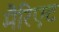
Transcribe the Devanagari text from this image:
मैरिएट